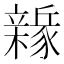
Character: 𨐻